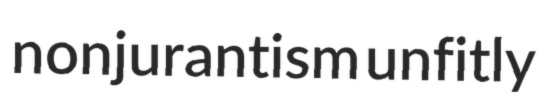
nonjurantism unfitly